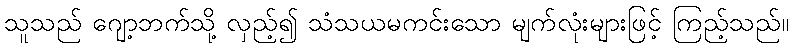
သူသည် ဂျော့ဘက်သို့ လှည့်၍ သံသယမကင်းသော မျက်လုံးများဖြင့် ကြည့်သည်။